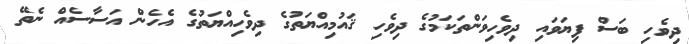
ދިވެހި ބަސް ފިޔަވައި ދިވެހިވަންތަކަމުގެ ދިވެހި ޤައުމިއްޔަތުގެ ދިވެހިއްޔަތުގެ އެހެން އަސާސެއް ނެތޭ